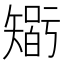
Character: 𥏼